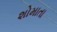
શોમાતા